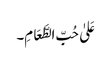
عَلیٰ حُبِّ الطَّعَامِ۔